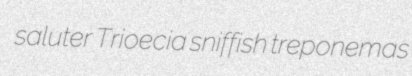
saluter Trioecia sniffish treponemas